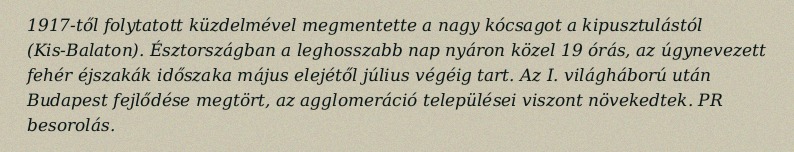
1917-től folytatott küzdelmével megmentette a nagy kócsagot a kipusztulástól (Kis-Balaton). Észtországban a leghosszabb nap nyáron közel 19 órás, az úgynevezett fehér éjszakák időszaka május elejétől július végéig tart. Az I. világháború után Budapest fejlődése megtört, az agglomeráció települései viszont növekedtek. PR besorolás.